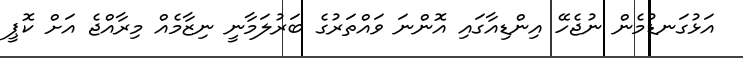
އަޅުގަނޑުމެން ނުޖެހޭ އިންޑިއާގައި އޮންނަ ވައްތަރުގެ ބަރުލަމާނީ ނިޒާމެއް މިރާއްޖެ އަށް ކޮޕީ